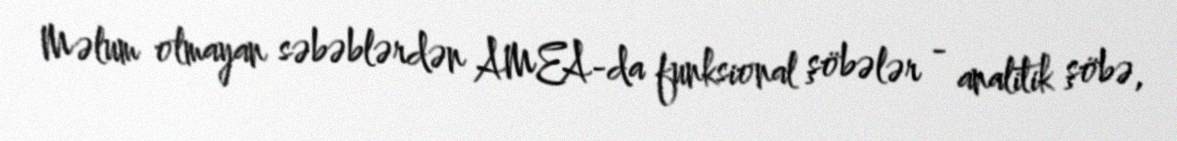
Məlum olmayan səbəblərdən AMEA-da funksional şöbələr - analitik şöbə,